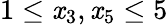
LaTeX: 1\leq\mathit{x}_{3},\mathit{x}_{5}\leq5